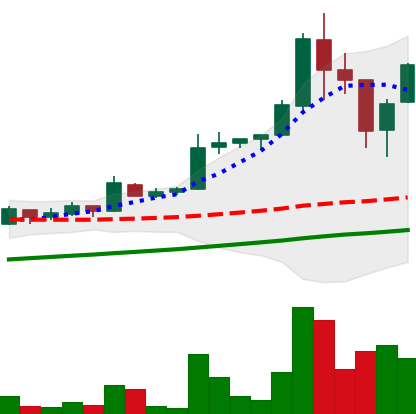
Ticker: LTC-USD
Chart end date: 2017-09-06
Forward return: -17.568%
Label: down_7plus